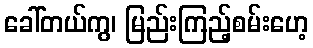
ခေါ်တယ်ကွ၊ မြည်းကြည့်စမ်းဟေ့